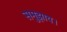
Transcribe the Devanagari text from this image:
समुझाय।